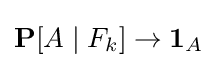
\mathbf {P} [A\mid F_{k}]\to \mathbf {1} _{A}